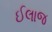
ઈલાજ